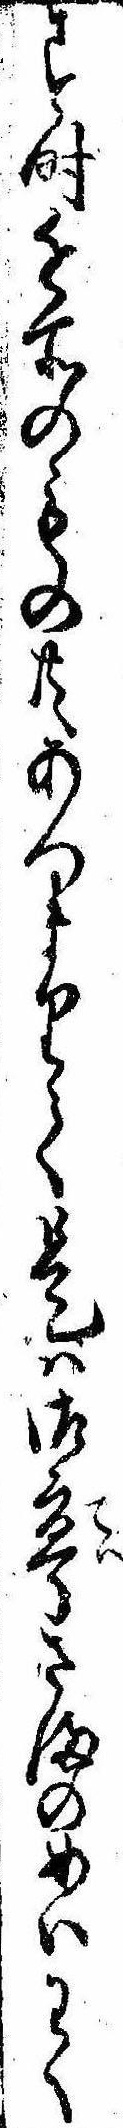
す時近所のもの共あつまりて是は御亭さまのめいわく